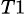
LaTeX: _{T1}